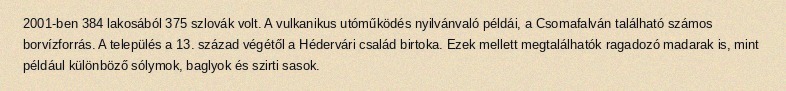
2001-ben 384 lakosából 375 szlovák volt. A vulkanikus utóműködés nyilvánvaló példái, a Csomafalván található számos borvízforrás. A település a 13. század végétől a Hédervári család birtoka. Ezek mellett megtalálhatók ragadozó madarak is, mint például különböző sólymok, baglyok és szirti sasok.